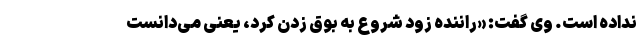
نداده است. وی گفت: «راننده زود شروع به بوق زدن کرد، یعنی می‌دانست